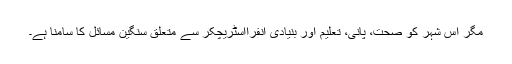
مگر اس شہر کو صحت، پانی، تعلیم اور بنیادی انفرااسٹریچکر سے متعلق سنگین مسائل کا سامنا ہے۔